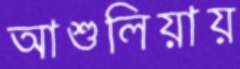
আশুলিয়ায়